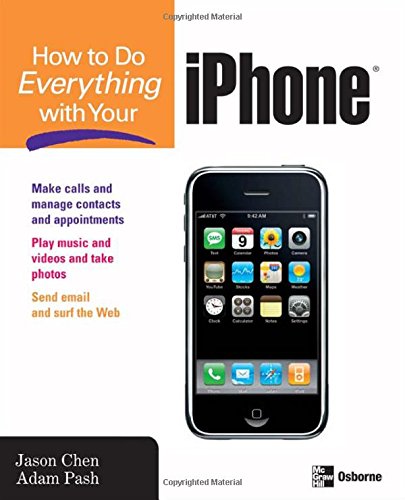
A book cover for How to Do Everything with Your iPhone; Jason Chen; Computers & Technology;